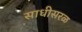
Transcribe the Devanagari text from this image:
साधीसरळ